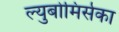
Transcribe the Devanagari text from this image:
ल्युबोमिर्सका